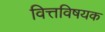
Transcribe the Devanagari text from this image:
वित्तविषयक